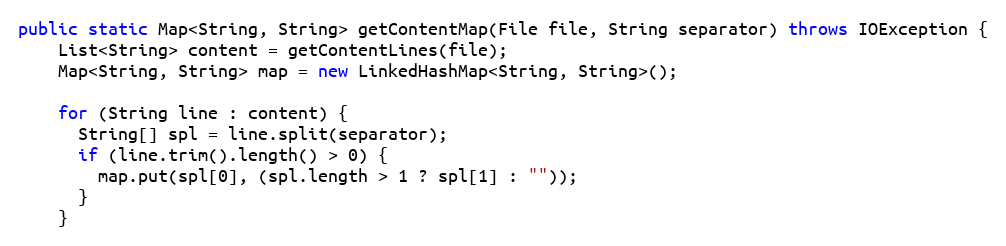
Language: Java
public static Map<String, String> getContentMap(File file, String separator) throws IOException {
    List<String> content = getContentLines(file);
    Map<String, String> map = new LinkedHashMap<String, String>();

    for (String line : content) {
      String[] spl = line.split(separator);
      if (line.trim().length() > 0) {
        map.put(spl[0], (spl.length > 1 ? spl[1] : ""));
      }
    }